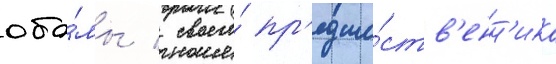
оба́мы / своего́ пр'едше́ств'енн'ика